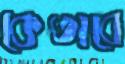
কেতাবে